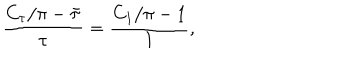
\frac { C _ { \tau } / \pi - \bar { \tau } } { \tau } = \frac { C _ { 1 } / \pi - 1 } { 1 } ,